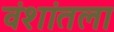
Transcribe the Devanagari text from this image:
वंशांतला